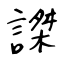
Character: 謋